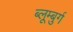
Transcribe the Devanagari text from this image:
ब्लूम्बुर्ग